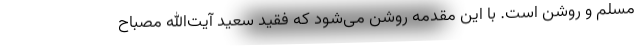
مسلم و روشن است. با این مقدمه روشن می‌شود که فقید سعید آیت‌الله مصباح